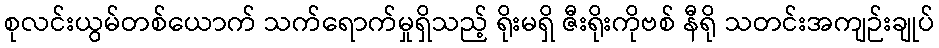
စုလင်းယွမ်တစ်ယောက် သက်ရောက်မှုရှိသည့် ရိုးမရှိ ဇီးရိုးကိုဗစ် နီရို သတင်းအကျဉ်းချုပ်